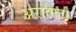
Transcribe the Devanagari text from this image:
अरामिंटा